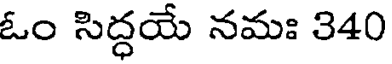
ఓం సిద్ధయే నమః 340